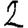
Digit: 2